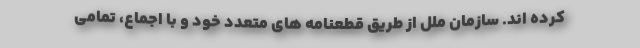
کرده اند. سازمان ملل از طریق قطعنامه های متعدد خود و با اجماع، تمامی